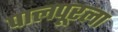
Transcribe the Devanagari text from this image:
पालपूरला